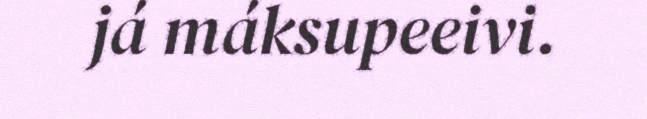
já máksupeeivi.